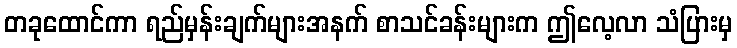
တခုထောင်ကာ ရည်မှန်းချက်များအနက် စာသင်ခန်းများက ဤလေ့လာ သံပြားမှ